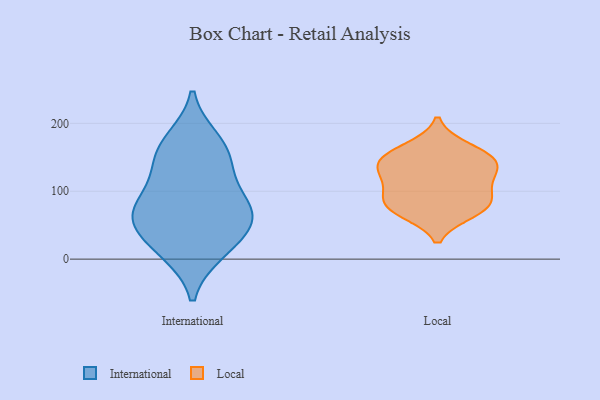
{"axis": {"x": "Gross Profit (USD K)", "y": "Value"}, "legend": ["International", "Local"], "data": [{"x": "", "y": 68, "type": "International"}, {"x": "", "y": 65, "type": "International"}, {"x": "", "y": 39, "type": "International"}, {"x": "", "y": 71, "type": "International"}, {"x": "", "y": 11, "type": "International"}, {"x": "", "y": 169, "type": "International"}, {"x": "", "y": 50, "type": "International"}, {"x": "", "y": 78, "type": "International"}, {"x": "", "y": 138, "type": "International"}, {"x": "", "y": 106, "type": "International"}, {"x": "", "y": 10, "type": "International"}, {"x": "", "y": 144, "type": "International"}, {"x": "", "y": 176, "type": "International"}, {"x": "", "y": 104, "type": "Local"}, {"x": "", "y": 89, "type": "Local"}, {"x": "", "y": 134, "type": "Local"}, {"x": "", "y": 69, "type": "Local"}, {"x": "", "y": 150, "type": "Local"}, {"x": "", "y": 150, "type": "Local"}, {"x": "", "y": 119, "type": "Local"}, {"x": "", "y": 135, "type": "Local"}, {"x": "", "y": 79, "type": "Local"}, {"x": "", "y": 164, "type": "Local"}, {"x": "", "y": 74, "type": "Local"}]}